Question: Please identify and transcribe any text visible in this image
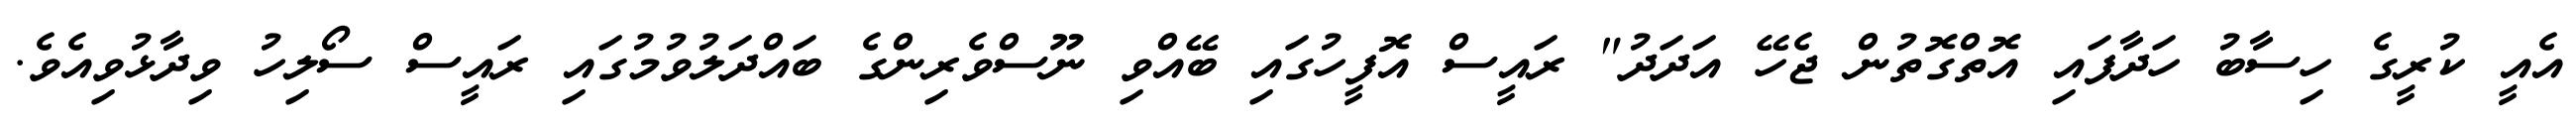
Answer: އެއީ ކުރީގެ ހިސާބު ހަދާފައި އޮތްގޮތުން ޖެހޭ އަދަދު" ރައީސް އޮފީހުގައި ބޭއްވި ނޫސްވެރިންގެ ބައްދަލުވުމުގައި ރައީސް ސޯލިހު ވިދާޅުވިއެވެ.